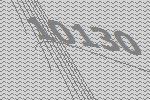
10130